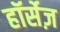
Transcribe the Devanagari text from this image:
हॉर्सेज़